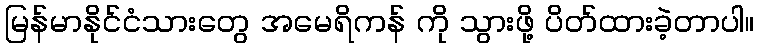
မြန်မာနိုင်ငံသားတွေ အမေရိကန် ကို သွားဖို့ ပိတ်ထားခဲ့တာပါ။